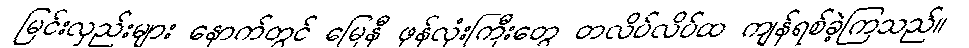
မြင်းလှည်းများ နောက်တွင် မြေနီ ဖုန်လုံးကြီးတွေ တလိပ်လိပ်ထ ကျန်ရစ်ခဲ့ကြသည်။